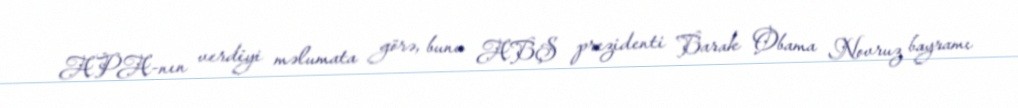
APA-nın verdiyi məlumata görə, bunu ABŞ prezidenti Barak Obama Novruz bayramı